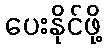
ပေးနိုင်ဖို့